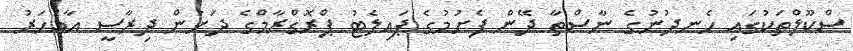
ސްކޫލްތަކުގައި ހެނދުނުގެ ނާސްތާ ދޭން ފެށުމުގެ ޕައިލެޓު ޕްރޮގްރާމްގެ ދަށުން ދިރާސީ އާއަހަރު